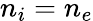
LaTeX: n_{i}=n_{e}